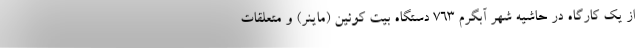
از یک کارگاه در حاشیه شهر آبگرم ۷۶۳ دستگاه بیت کوئین (ماینر) و متعلقات